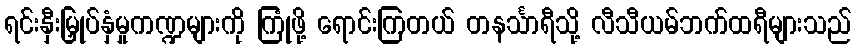
ရင်းနှီးမြှုပ်နှံမှုကဏ္ဍများကို ကြုံဖို့ ရောင်းကြတယ် တနင်္သာရီသို့ လီသီယမ်ဘက်ထရီများသည်